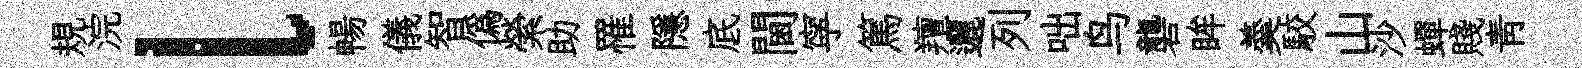
規浣l暢儀智偽縈助罹隱底閫寜篤羶邐列咄鸟礱眸羮駮山沙蟬賤青